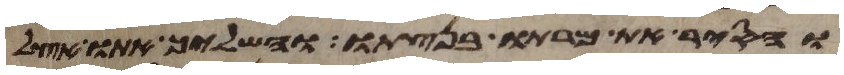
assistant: והסיר את מרתו בנצתו והשליך אתו אצל